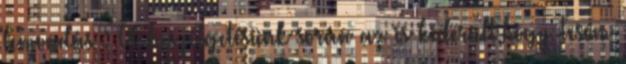
lemondás : A beszélgetésünk során az is kiderült,hogy Tesóm